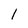
Character: 1